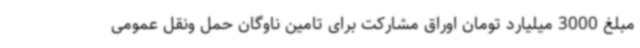
مبلغ 3000 میلیارد تومان اوراق مشارکت برای تامین ناوگان حمل ونقل عمومی